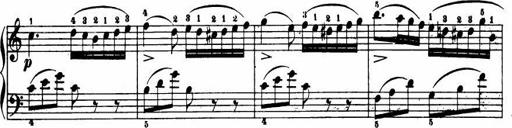
Title: Le bouquetier
Composer: Anton Diabelli
Key: G major
 C major
 F major
 C major